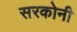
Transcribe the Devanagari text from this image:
सरकोनी